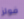
فولز